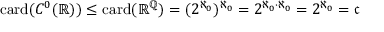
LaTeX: \mathrm { c a r d } ( C ^ { 0 } ( \mathbb { R } ) ) \leq \mathrm { c a r d } ( \mathbb { R } ^ { \mathbb { Q } } ) = ( 2 ^ { \aleph _ { 0 } } ) ^ { \aleph _ { 0 } } = 2 ^ { \aleph _ { 0 } \cdot \aleph _ { 0 } } = 2 ^ { \aleph _ { 0 } } = { \mathfrak { c } }